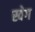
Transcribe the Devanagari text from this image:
स्वेग